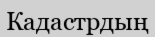
Кадастрдың